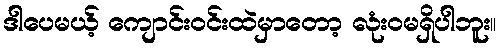
ဒါပေမယ့် ကျောင်းဝင်းထဲမှာတော့ လုံးဝမရှိပါဘူး။